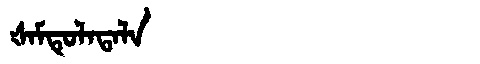
Manchu: ᡧᠠᠮᡨᡠᠯᠠᡨᠠᠯᠠ
Romanization: ŠAMTULATALA